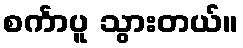
စင်္ကာပူ သွားတယ်။